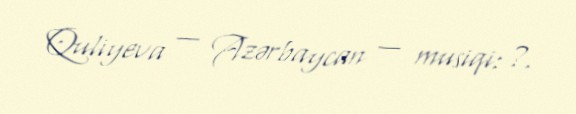
Quliyeva — Azərbaycan — musiqi: ?.